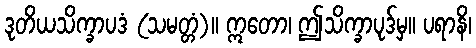
ဒုတိယသိက္ခာပဒံ (သမတ္တံ)။ ဣတော၊ ဤသိက္ခာပုဒ်မှ။ ပရာနိ၊